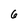
Character: 6